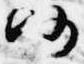
仍